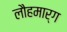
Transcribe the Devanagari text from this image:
लौहमार्ग